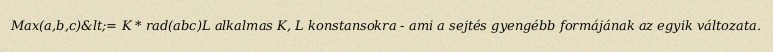
Max(a,b,c)&lt;= K * rad(abc)L alkalmas K, L konstansokra - ami a sejtés gyengébb formájának az egyik változata.